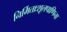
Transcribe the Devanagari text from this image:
निर्मिताःशूलपाणिना